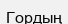
Гордың